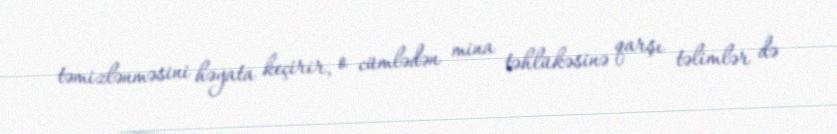
təmizlənməsini həyata keçirir, o cümlədən mina təhlükəsinə qarşı təlimlər də